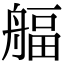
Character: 𦩡